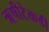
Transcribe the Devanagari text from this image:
ॠषीटेकडी